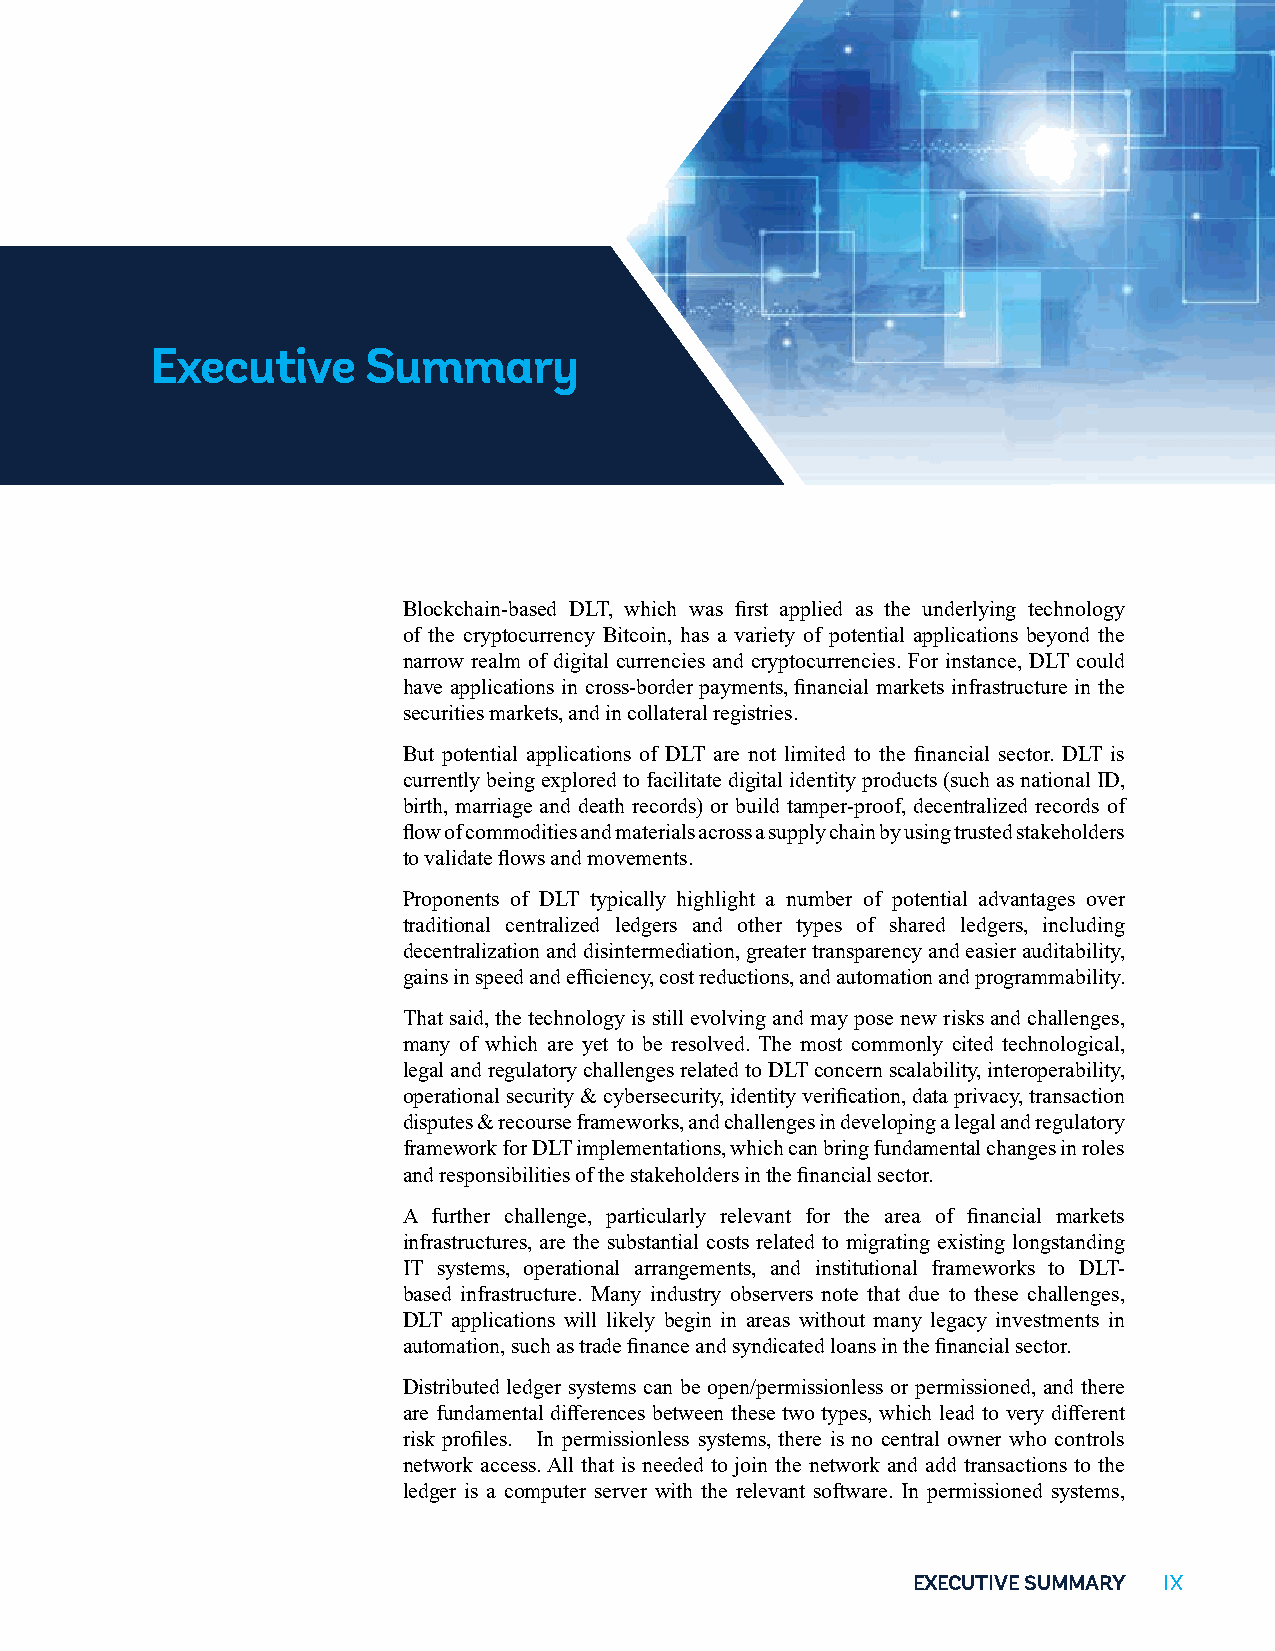
Executive     Summary
 Blockchain-based DLT, which was first applied as the underlying technology
 of the cryptocurrency Bitcoin, has a variety of potential applications beyond the
 narrow realm of digital currencies and cryptocurrencies. For instance, DLT could
 have applications in cross-border payments, financial markets infrastructure in the
 securities markets, and in collateral registries.
 But potential applications of DLT are not limited to the financial sector. DLT is
 currently being explored to facilitate digital identity products (such as national ID,
 birth, marriage and death records) or build tamper-proof, decentralized records of
 flow of commodities and materials across a supply chain by using trusted stakeholders
 to validate flows and movements.
 Proponents of DLT typically highlight a number of potential advantages over
 traditional centralized ledgers and other types of shared ledgers, including
 decentralization and disintermediation, greater transparency and easier auditability,
 gains in speed and efficiency, cost reductions, and automation and programmability.
 That said, the technology is still evolving and may pose new risks and challenges,
 many of which are yet to be resolved. The most commonly cited technological,
 legal and regulatory challenges related to DLT concern scalability, interoperability,
 operational security & cybersecurity, identity verification, data privacy, transaction
 disputes & recourse frameworks, and challenges in developing a legal and regulatory
 framework for DLT implementations, which can bring fundamental changes in roles
 and responsibilities of the stakeholders in the financial sector.
 A further challenge, particularly relevant for the area of financial markets
 infrastructures, are the substantial costs related to migrating existing longstanding
 IT systems, operational arrangements, and institutional frameworks to DLT-
 based infrastructure. Many industry observers note that due to these challenges,
 DLT applications will likely begin in areas without many legacy investments in
 automation, such as trade finance and syndicated loans in the financial sector.
 Distributed ledger systems can be open/permissionless or permissioned, and there
 are fundamental differences between these two types, which lead to very different
 risk profiles. In permissionless systems, there is no central owner who controls
 network access. All that is needed to join the network and add transactions to the
 ledger is a computer server with the relevant software. In permissioned systems,
 EXECUTIVE SUMMARY IIIXXX